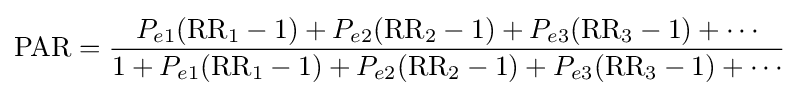
{\text{PAR}}={\frac {P_{e1}({\text{RR}}_{1}-1)+P_{e2}({\text{RR}}_{2}-1)+P_{e3}({\text{RR}}_{3}-1)+\cdots }{1+P_{e1}({\text{RR}}_{1}-1)+P_{e2}({\text{RR}}_{2}-1)+P_{e3}({\text{RR}}_{3}-1)+\cdots }}